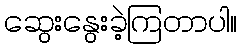
ဆွေးနွေးခဲ့ကြတာပါ။